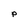
Character: P